画像に写った文字を読んでください
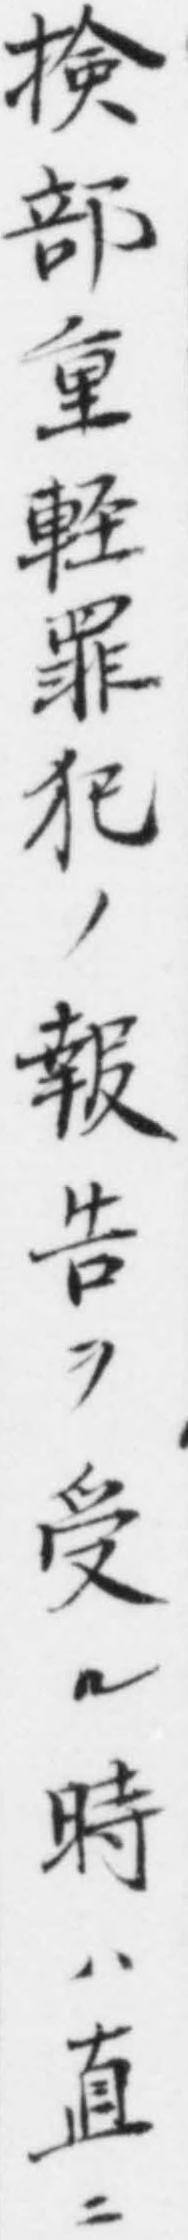
「𢮦部重軽罪犯ノ報告ヲ受ル時ハ直ニ」と書いてあります